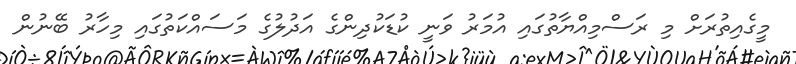
މީގެއިތުރަށް މި ރަސްމިއްޔާތުގައި އުމަރު ވަނީ ކުޑަކުދިންގެ އަދުލުގެ މަސައްކަތުގައި މިހާރު ބޭނުން